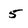
Character: 5